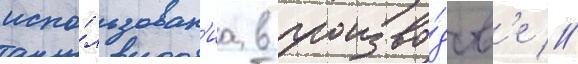
испо́льзован'иа в произво́дств'е //